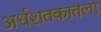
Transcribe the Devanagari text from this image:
अर्धशतकातला